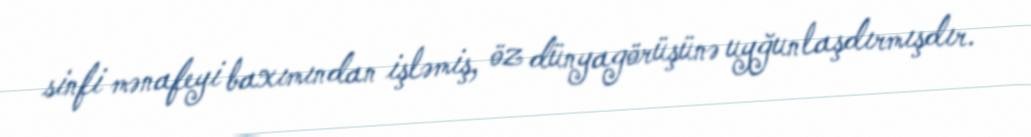
sinfi mənafeyi baxımından işləmiş, öz dünyagörüşünə uyğunlaşdırmışdır.